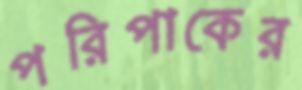
পরিপাকের